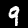
Label: 9